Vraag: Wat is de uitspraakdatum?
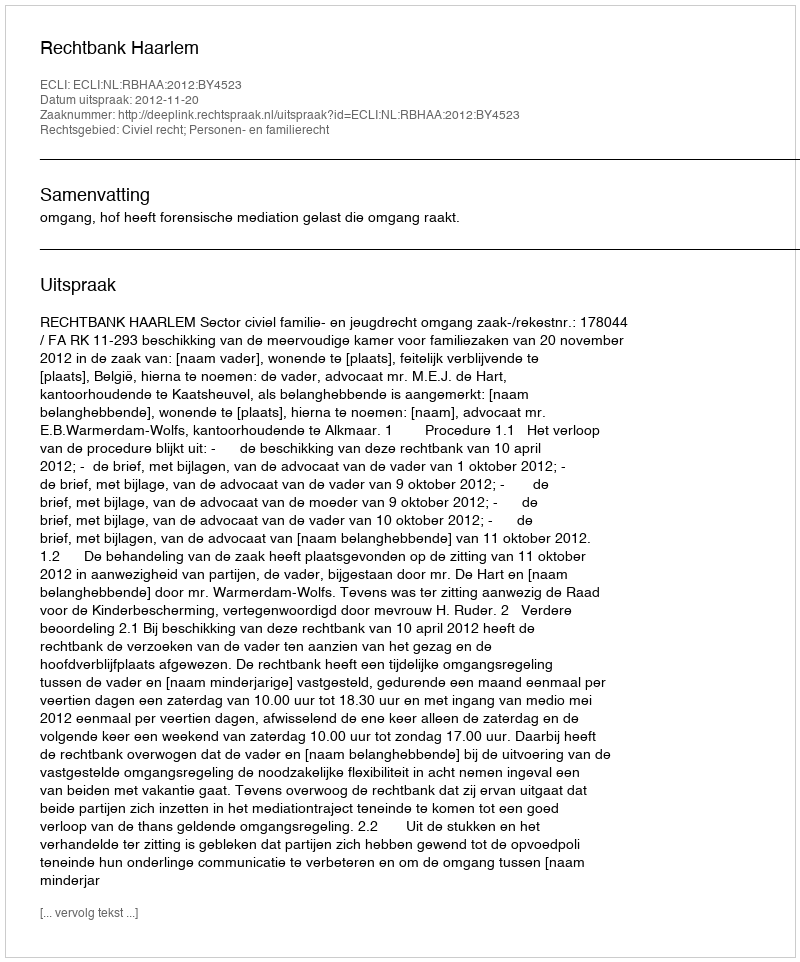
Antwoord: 2012-11-20